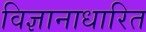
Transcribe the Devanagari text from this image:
विज्ञानाधारित